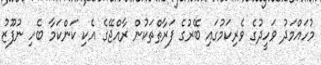
މުހައްމަދު ވަހީދުގެ ވެރިކަމުގައި ބޭރުގެ ފަރާތްތަކުން ރާއްޖޭގެ އެކި ކަންކަމާ ބެހި ނުފޫޒު